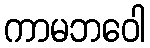
ကာမဘဝေါ